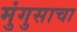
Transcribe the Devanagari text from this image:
मुंगुसाचा